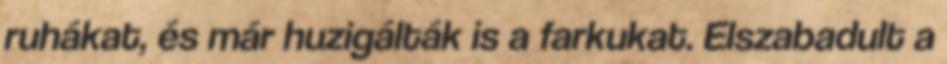
ruhákat, és már huzigálták is a farkukat. Elszabadult a